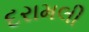
દરામલી